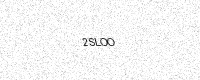
Text: 2SLOO